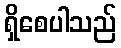
ရှိစေပါသည်